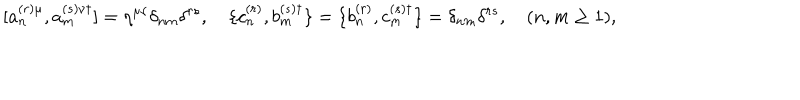
LaTeX: [ a _ { n } ^ { ( r ) \mu } , a _ { m } ^ { ( s ) \nu \dagger } ] = \eta ^ { \mu \nu } \delta _ { n m } \delta ^ { r s } , \quad \{ c _ { n } ^ { ( r ) } , b _ { m } ^ { ( s ) \dagger } \} = \{ b _ { n } ^ { ( r ) } , c _ { m } ^ { ( s ) \dagger } \} = \delta _ { n m } \delta ^ { r s } , \quad ( n , m \ge 1 ) ,